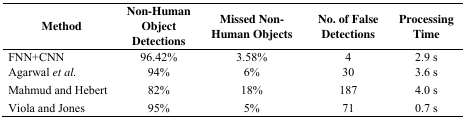
<table><thead><tr><td><b>Method</b></td><td><b>Non-Human Object Detections</b></td><td><b>Missed Non-Human Objects</b></td><td><b>No. of False Detections</b></td><td><b>Processing Time</b></td></tr></thead><tbody><tr><td>FNN+CNN</td><td>96.42%</td><td>3.58%</td><td>4</td><td>2.9 s</td></tr><tr><td>Agarwal <i>et al.</i></td><td>94%</td><td>6%</td><td>30</td><td>3.6 s</td></tr><tr><td>Mahmud and Hebert</td><td>82%</td><td>18%</td><td>187</td><td>4.0 s</td></tr><tr><td>Viola and Jones</td><td>95%</td><td>5%</td><td>71</td><td>0.7 s</td></tr></tbody></table>